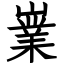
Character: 嶪